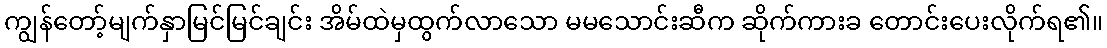
ကျွန်တော့်မျက်နှာမြင်မြင်ချင်း အိမ်ထဲမှထွက်လာသော မမသောင်းဆီက ဆိုက်ကားခ တောင်းပေးလိုက်ရ၏။